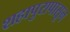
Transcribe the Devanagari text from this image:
शहापुरापासून